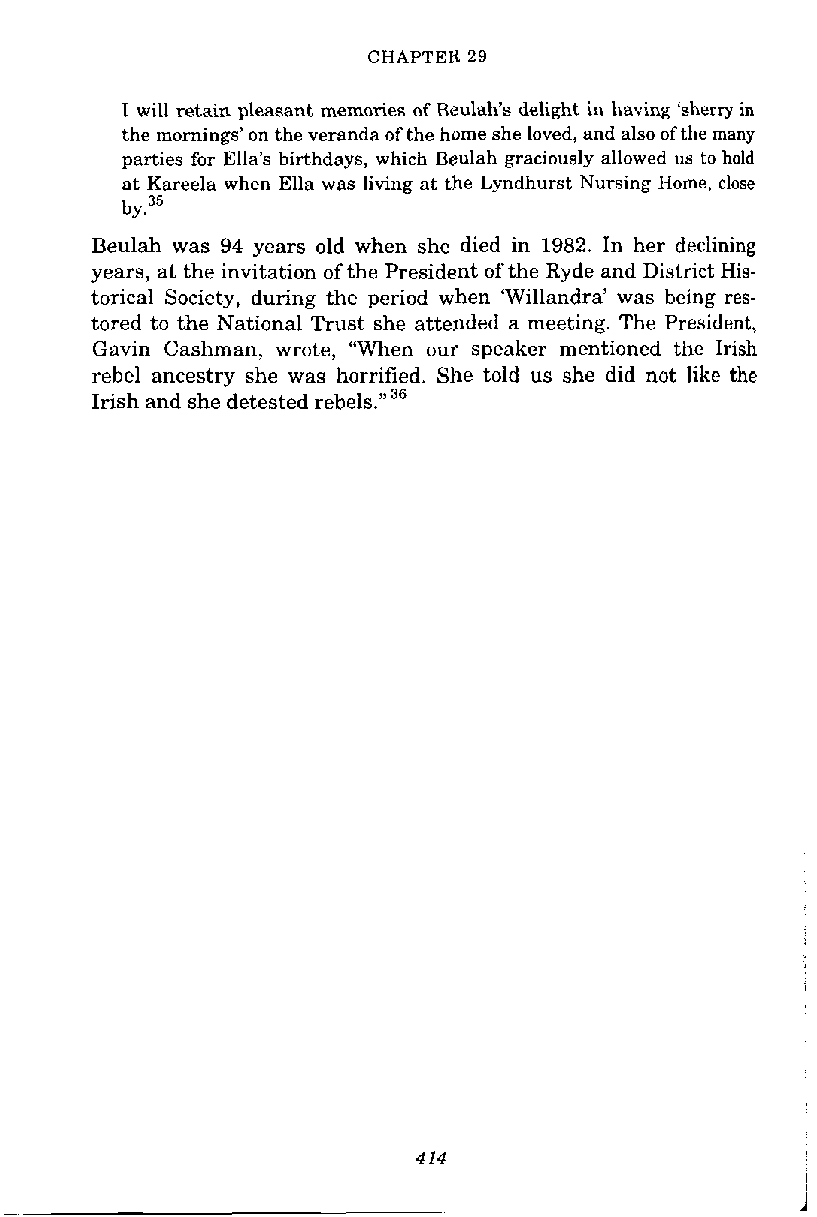
CHAPTER 29
 I will retain pleasant memories of Beulah's delight in having 'sherry in
 the mornings' on the veranda of the home she loved, and also of the many
 parties for Ella's birthdays, which Beulah graciously allowed us to hold
 at Kareela when Ella was living at the Lyndhurst Nursing Home, close
 by.35
 Beulah was 94 years old when she died in 1982. In her declining
 years, at the invitation of the President of the Ryde and District His-
 torical Society, during the period when 'Willandra' was being res-
 tored to the National Trust she attended a meeting. The President,
 Gavin Cashman, wrote, "When our speaker mentioned the Irish
 rebel ancestry she was horrified. She told us she did not like the
 Irish and she detested rebels."36